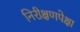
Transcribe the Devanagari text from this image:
निरीक्षणपेक्षा